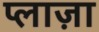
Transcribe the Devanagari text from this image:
प्‍लाज़ा